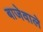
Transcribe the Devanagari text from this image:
बाजेवाले